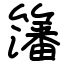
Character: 籓